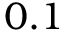
0 . 1